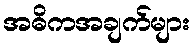
အဓိကအချက်များ